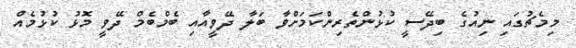
މިމެޗުގައި ނިއުގެ ބިދޭސީ ކުޅުންތެރިންކަމަށްވާ ބަލާ ދޭވީއާއި ބެމްބެމް ދޭވީ މޮޅު ކުޅުމެއް